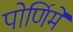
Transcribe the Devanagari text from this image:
पोर्णिमे